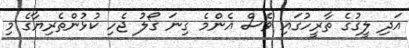
އަދި ލީގުގެ ތާރީހުގައި ވެސް އެންމެ ގިނަ ގޯލު ޖެހި ކުޅުންތެރިޔާގެ މި